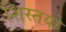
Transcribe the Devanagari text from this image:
शिस्तयों